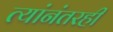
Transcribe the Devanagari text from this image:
त्यांनंतरही